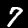
Digit: 7